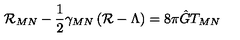
{ \cal R } _ { M N } - \frac { 1 } { 2 } \gamma _ { M N } \left( { \cal R } - \Lambda \right) = 8 \pi \hat { G } T _ { M N }